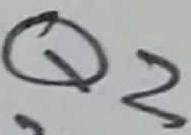
Text: Q1